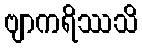
ဗျာကရိဿသိ